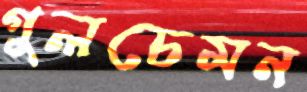
গুলচেমন